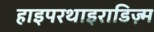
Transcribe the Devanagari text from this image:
हाइपरथाइराडिज़्म